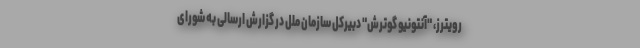
رویترز، "آنتونیو گوترش" دبیرکل سازمان ملل در گزارش ارسالی به شورای